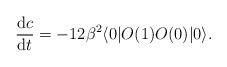
LaTeX: \begin{align*}{\mbox{d}c\over\mbox{d}t}=-12\beta^2\langle0|O(1)O(0)|0\rangle.\end{align*}